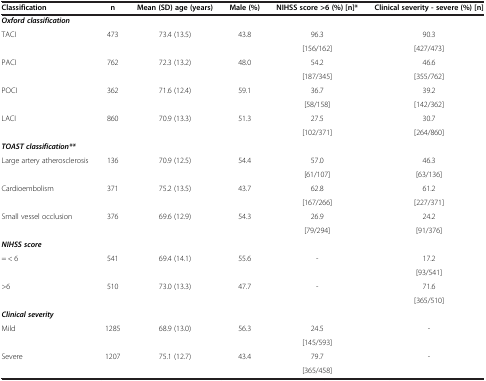
<table><thead><tr><td><b>Classification</b></td><td><b>n</b></td><td><b>Mean (SD) age (years)</b></td><td><b>Male (%)</b></td><td><b>NIHSS score &gt;6 (%) [n]*</b></td><td><b>Clinical severity - severe (%) [n]</b></td></tr></thead><tbody><tr><td><b><i>Oxford classification</i></b></td><td> </td><td> </td><td> </td><td> </td><td> </td></tr><tr><td rowspan="2">TACI</td><td rowspan="2">473</td><td rowspan="2">73.4 (13.5)</td><td rowspan="2">43.8</td><td>96.3</td><td>90.3</td></tr><tr><td>[156/162]</td><td>[427/473]</td></tr><tr><td rowspan="2">PACI</td><td rowspan="2">762</td><td rowspan="2">72.3 (13.2)</td><td rowspan="2">48.0</td><td>54.2</td><td>46.6</td></tr><tr><td>[187/345]</td><td>[355/762]</td></tr><tr><td rowspan="2">POCI</td><td rowspan="2">362</td><td rowspan="2">71.6 (12.4)</td><td rowspan="2">59.1</td><td>36.7</td><td>39.2</td></tr><tr><td>[58/158]</td><td>[142/362]</td></tr><tr><td rowspan="2">LACI</td><td rowspan="2">860</td><td rowspan="2">70.9 (13.3)</td><td rowspan="2">51.3</td><td>27.5</td><td>30.7</td></tr><tr><td>[102/371]</td><td>[264/860]</td></tr><tr><td><b><i>TOAST classification**</i></b></td><td> </td><td> </td><td> </td><td> </td><td> </td></tr><tr><td rowspan="2">Large artery atherosclerosis</td><td rowspan="2">136</td><td rowspan="2">70.9 (12.5)</td><td rowspan="2">54.4</td><td>57.0</td><td>46.3</td></tr><tr><td>[61/107]</td><td>[63/136]</td></tr><tr><td rowspan="2">Cardioembolism</td><td rowspan="2">371</td><td rowspan="2">75.2 (13.5)</td><td rowspan="2">43.7</td><td>62.8</td><td>61.2</td></tr><tr><td>[167/266]</td><td>[227/371]</td></tr><tr><td rowspan="2">Small vessel occlusion</td><td rowspan="2">376</td><td rowspan="2">69.6 (12.9)</td><td rowspan="2">54.3</td><td>26.9</td><td>24.2</td></tr><tr><td>[79/294]</td><td>[91/376]</td></tr><tr><td><b><i>NIHSS score</i></b></td><td> </td><td> </td><td> </td><td> </td><td> </td></tr><tr><td rowspan="2">= &lt; 6</td><td rowspan="2">541</td><td rowspan="2">69.4 (14.1)</td><td rowspan="2">55.6</td><td rowspan="2">-</td><td>17.2</td></tr><tr><td>[93/541]</td></tr><tr><td rowspan="2">&gt;6</td><td rowspan="2">510</td><td rowspan="2">73.0 (13.3)</td><td rowspan="2">47.7</td><td rowspan="2">-</td><td>71.6</td></tr><tr><td>[365/510]</td></tr><tr><td><b><i>Clinical severity</i></b></td><td> </td><td> </td><td> </td><td> </td><td> </td></tr><tr><td rowspan="2">Mild</td><td rowspan="2">1285</td><td rowspan="2">68.9 (13.0)</td><td rowspan="2">56.3</td><td>24.5</td><td rowspan="2">-</td></tr><tr><td>[145/593]</td></tr><tr><td rowspan="2">Severe</td><td rowspan="2">1207</td><td rowspan="2">75.1 (12.7)</td><td rowspan="2">43.4</td><td>79.7</td><td rowspan="2">-</td></tr><tr><td>[365/458]</td></tr></tbody></table>